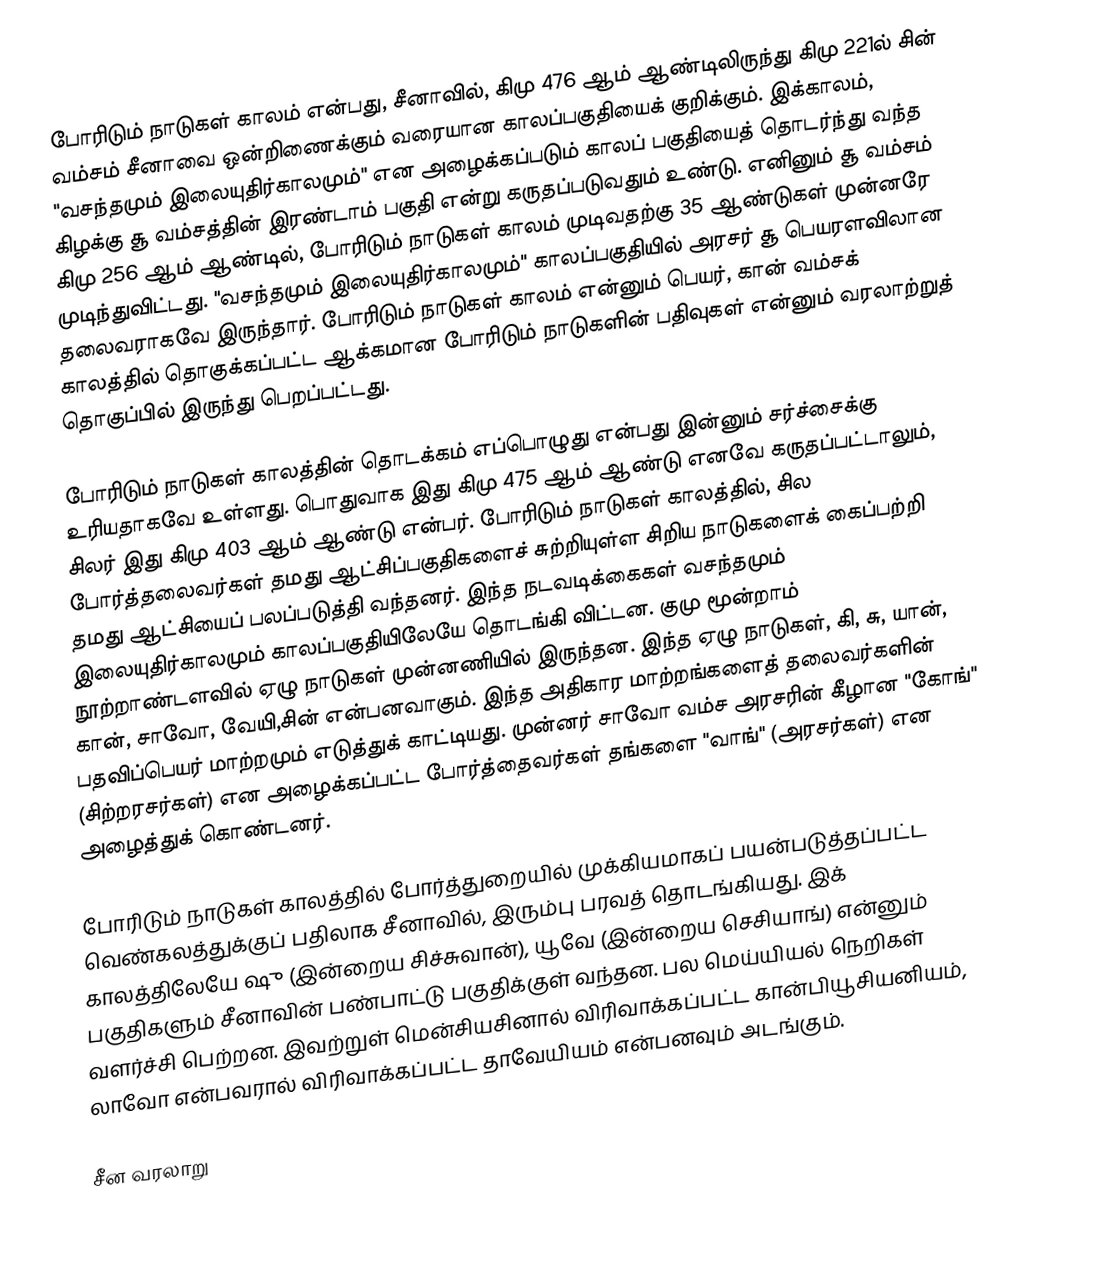
போரிடும் நாடுகள் காலம் என்பது, சீனாவில், கிமு 476 ஆம் ஆண்டிலிருந்து கிமு 221ல் சின் வம்சம் சீனாவை ஒன்றிணைக்கும் வரையான காலப்பகுதியைக் குறிக்கும். இக்காலம், "வசந்தமும் இலையுதிர்காலமும்" என அழைக்கப்படும் காலப் பகுதியைத் தொடர்ந்து வந்த கிழக்கு சூ வம்சத்தின் இரண்டாம் பகுதி என்று கருதப்படுவதும் உண்டு. எனினும் சூ வம்சம் கிமு 256 ஆம் ஆண்டில், போரிடும் நாடுகள் காலம் முடிவதற்கு 35 ஆண்டுகள் முன்னரே முடிந்துவிட்டது. "வசந்தமும் இலையுதிர்காலமும்" காலப்பகுதியில் அரசர் சூ பெயரளவிலான தலைவராகவே இருந்தார். போரிடும் நாடுகள் காலம் என்னும் பெயர், கான் வம்சக் காலத்தில் தொகுக்கப்பட்ட ஆக்கமான போரிடும் நாடுகளின் பதிவுகள் என்னும் வரலாற்றுத் தொகுப்பில் இருந்து பெறப்பட்டது.

போரிடும் நாடுகள் காலத்தின் தொடக்கம் எப்பொழுது என்பது இன்னும் சர்ச்சைக்கு உரியதாகவே உள்ளது. பொதுவாக இது கிமு 475 ஆம் ஆண்டு எனவே கருதப்பட்டாலும், சிலர் இது கிமு 403 ஆம் ஆண்டு என்பர். போரிடும் நாடுகள் காலத்தில், சில போர்த்தலைவர்கள் தமது ஆட்சிப்பகுதிகளைச் சுற்றியுள்ள சிறிய நாடுகளைக் கைப்பற்றி தமது ஆட்சியைப் பலப்படுத்தி வந்தனர். இந்த நடவடிக்கைகள் வசந்தமும் இலையுதிர்காலமும் காலப்பகுதியிலேயே தொடங்கி விட்டன. குமு மூன்றாம் நூற்றாண்டளவில் ஏழு நாடுகள் முன்னணியில் இருந்தன. இந்த ஏழு நாடுகள், கி, சு, யான், கான், சாவோ, வேயி,சின் என்பனவாகும். இந்த அதிகார மாற்றங்களைத் தலைவர்களின் பதவிப்பெயர் மாற்றமும் எடுத்துக் காட்டியது. முன்னர் சாவோ வம்ச அரசரின் கீழான "கோங்" (சிற்றரசர்கள்) என அழைக்கப்பட்ட போர்த்தைவர்கள் தங்களை "வாங்" (அரசர்கள்) என அழைத்துக் கொண்டனர்.

போரிடும் நாடுகள் காலத்தில் போர்த்துறையில் முக்கியமாகப் பயன்படுத்தப்பட்ட வெண்கலத்துக்குப் பதிலாக சீனாவில், இரும்பு பரவத் தொடங்கியது. இக் காலத்திலேயே ஷு (இன்றைய சிச்சுவான்), யூவே (இன்றைய செசியாங்) என்னும் பகுதிகளும் சீனாவின் பண்பாட்டு பகுதிக்குள் வந்தன. பல மெய்யியல் நெறிகள் வளர்ச்சி பெற்றன. இவற்றுள் மென்சியசினால் விரிவாக்கப்பட்ட கான்பியூசியனியம், லாவோ என்பவரால் விரிவாக்கப்பட்ட தாவேயியம் என்பனவும் அடங்கும்.

சீன வரலாறு